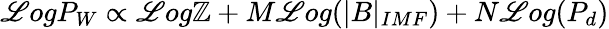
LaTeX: \mathscr{L}ogP_{W}\propto\mathscr{L}og\mathbb{Z}+M\mathscr{L}og(|B|_{IMF})+N\mathscr{L}og(P_{d})